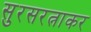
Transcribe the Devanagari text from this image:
सुरसरत्नाकर